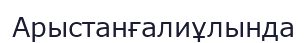
Арыстанғалиұлында